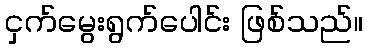
ငှက်မွေးရွက်ပေါင်း ဖြစ်သည်။